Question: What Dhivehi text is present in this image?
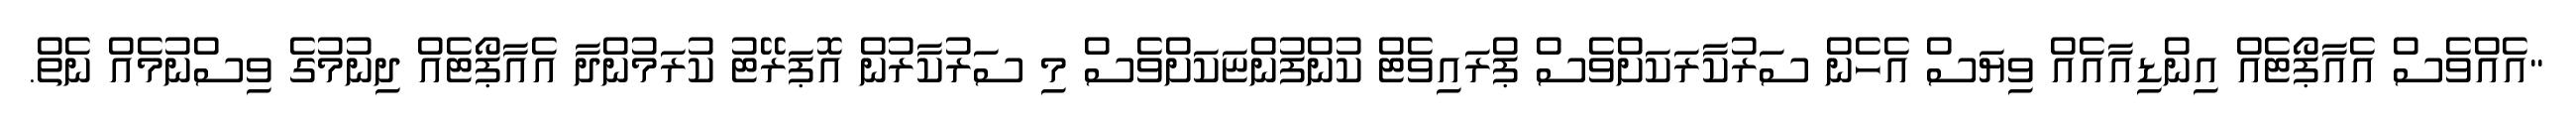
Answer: "އެއްވެސް އެއާޕޯޓެއް އިންޑިއާއެއް ވިޔަސް އެހެން ސަރުކާރަކަށްވެސް ޕްރައިވެޓް ކުންފުންޏަކަށްވެސް މި ސަރުކާރުން އޮޕަރޭޓު ކުރަމުންދާ އެއާޕޯޓެއް ދިނުމުގެ ވިސްނުމެއް ނެތް.